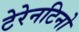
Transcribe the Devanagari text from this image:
टेरेनटिनो